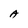
Character: A